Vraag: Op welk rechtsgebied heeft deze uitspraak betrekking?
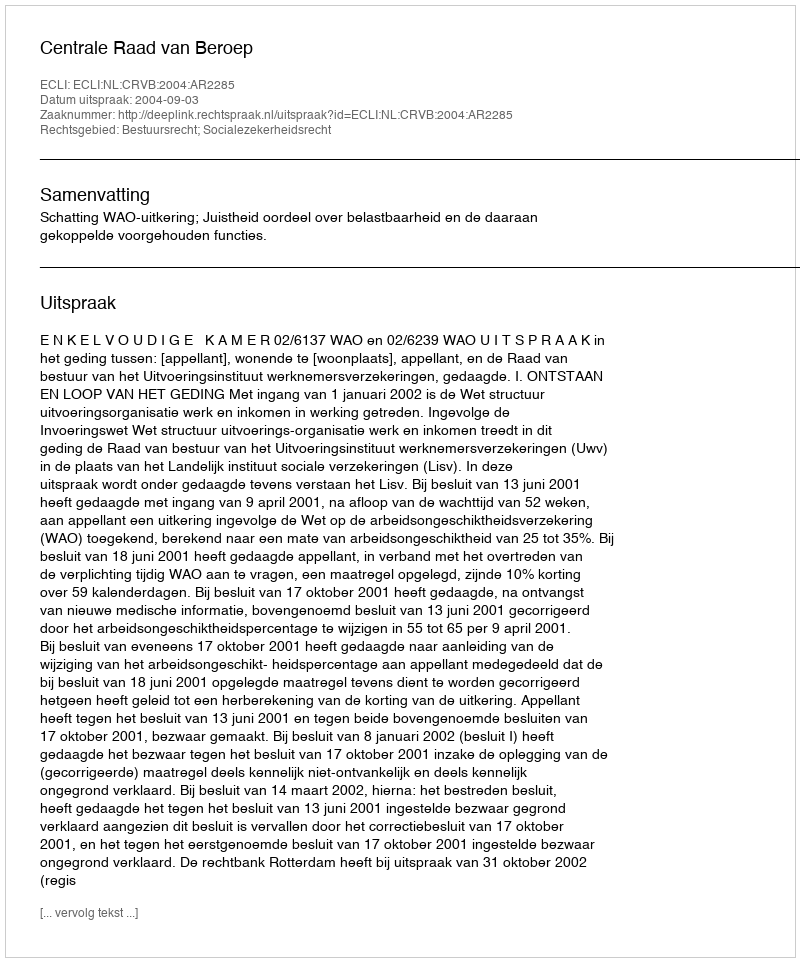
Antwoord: Bestuursrecht; Socialezekerheidsrecht